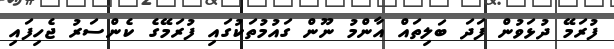
ފުރަމޭ ދުޅަވުން ފަދަ ބަލިތައް އާންމު ނޫން ގައުމުތަކުގައި ފުރަމޭގެ ކެންސަރު ޖެހިފައި